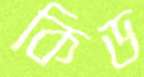
কিড